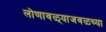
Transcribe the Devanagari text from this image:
लोणावळ्याजवळच्या